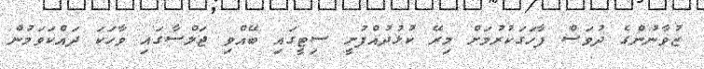
ޒުވާނުންގެ ދުވަސް ފާހަގަކުރުމަށް މިރޭ ކުޅުދުއްފުށީ ސިޓީގައި ބޭއްވި ޖަލްސާގައި ވާހަކަ ދައްކަވަމުން